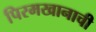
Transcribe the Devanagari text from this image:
पिरमखानाची